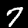
Digit: 7